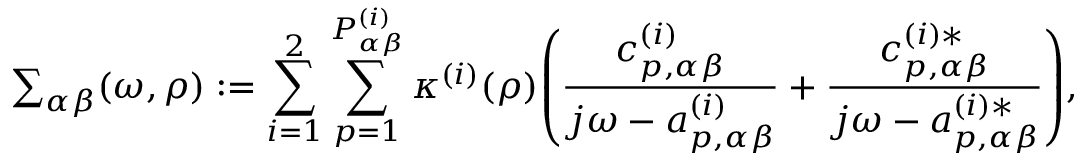
{ \textstyle \sum _ { { \alpha \beta } } } ( \omega , \rho ) : = \sum _ { i = 1 } ^ { 2 } \sum _ { p = 1 } ^ { P _ { \alpha \beta } ^ { ( i ) } } \kappa ^ { ( i ) } ( \rho ) \! \left( \frac { c _ { p , \alpha \beta } ^ { ( i ) } } { j \omega - a _ { p , \alpha \beta } ^ { ( i ) } } + \frac { c _ { p , \alpha \beta } ^ { ( i ) * } } { j \omega - a _ { p , \alpha \beta } ^ { ( i ) * } } \right) \! , \medskip